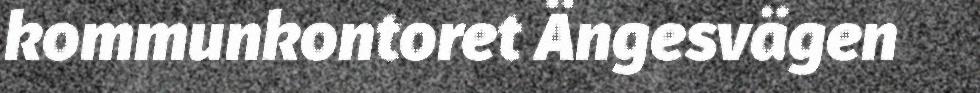
kommunkontoret Ängesvägen